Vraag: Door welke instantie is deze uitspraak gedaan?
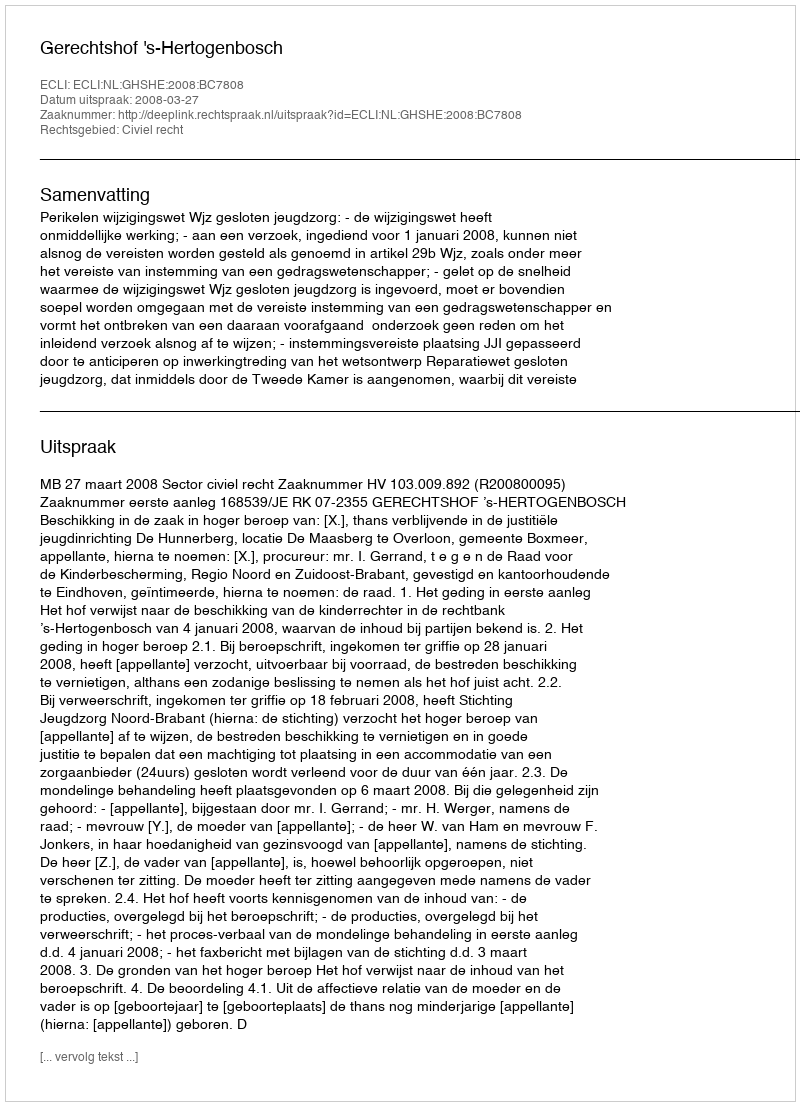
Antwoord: Gerechtshof 's-Hertogenbosch